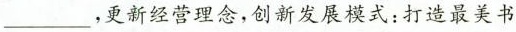
___ ，更新经营理念，创新发展模式：打造最美书